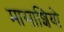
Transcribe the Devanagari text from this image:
मासाशियो